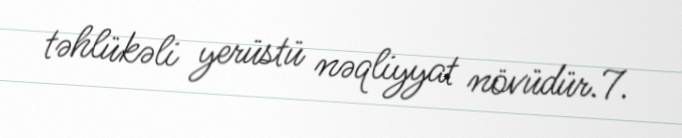
təhlükəli yerüstü nəqliyyat növüdür.7.